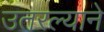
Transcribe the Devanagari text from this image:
उतरल्याने